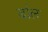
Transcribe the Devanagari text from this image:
बांल